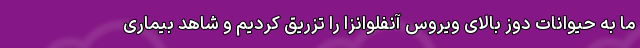
ما به حیوانات دوز بالای ویروس آنفلوانزا را تزریق کردیم و شاهد بیماری